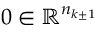
0 \in \mathbb { R } ^ { n _ { k \pm 1 } }